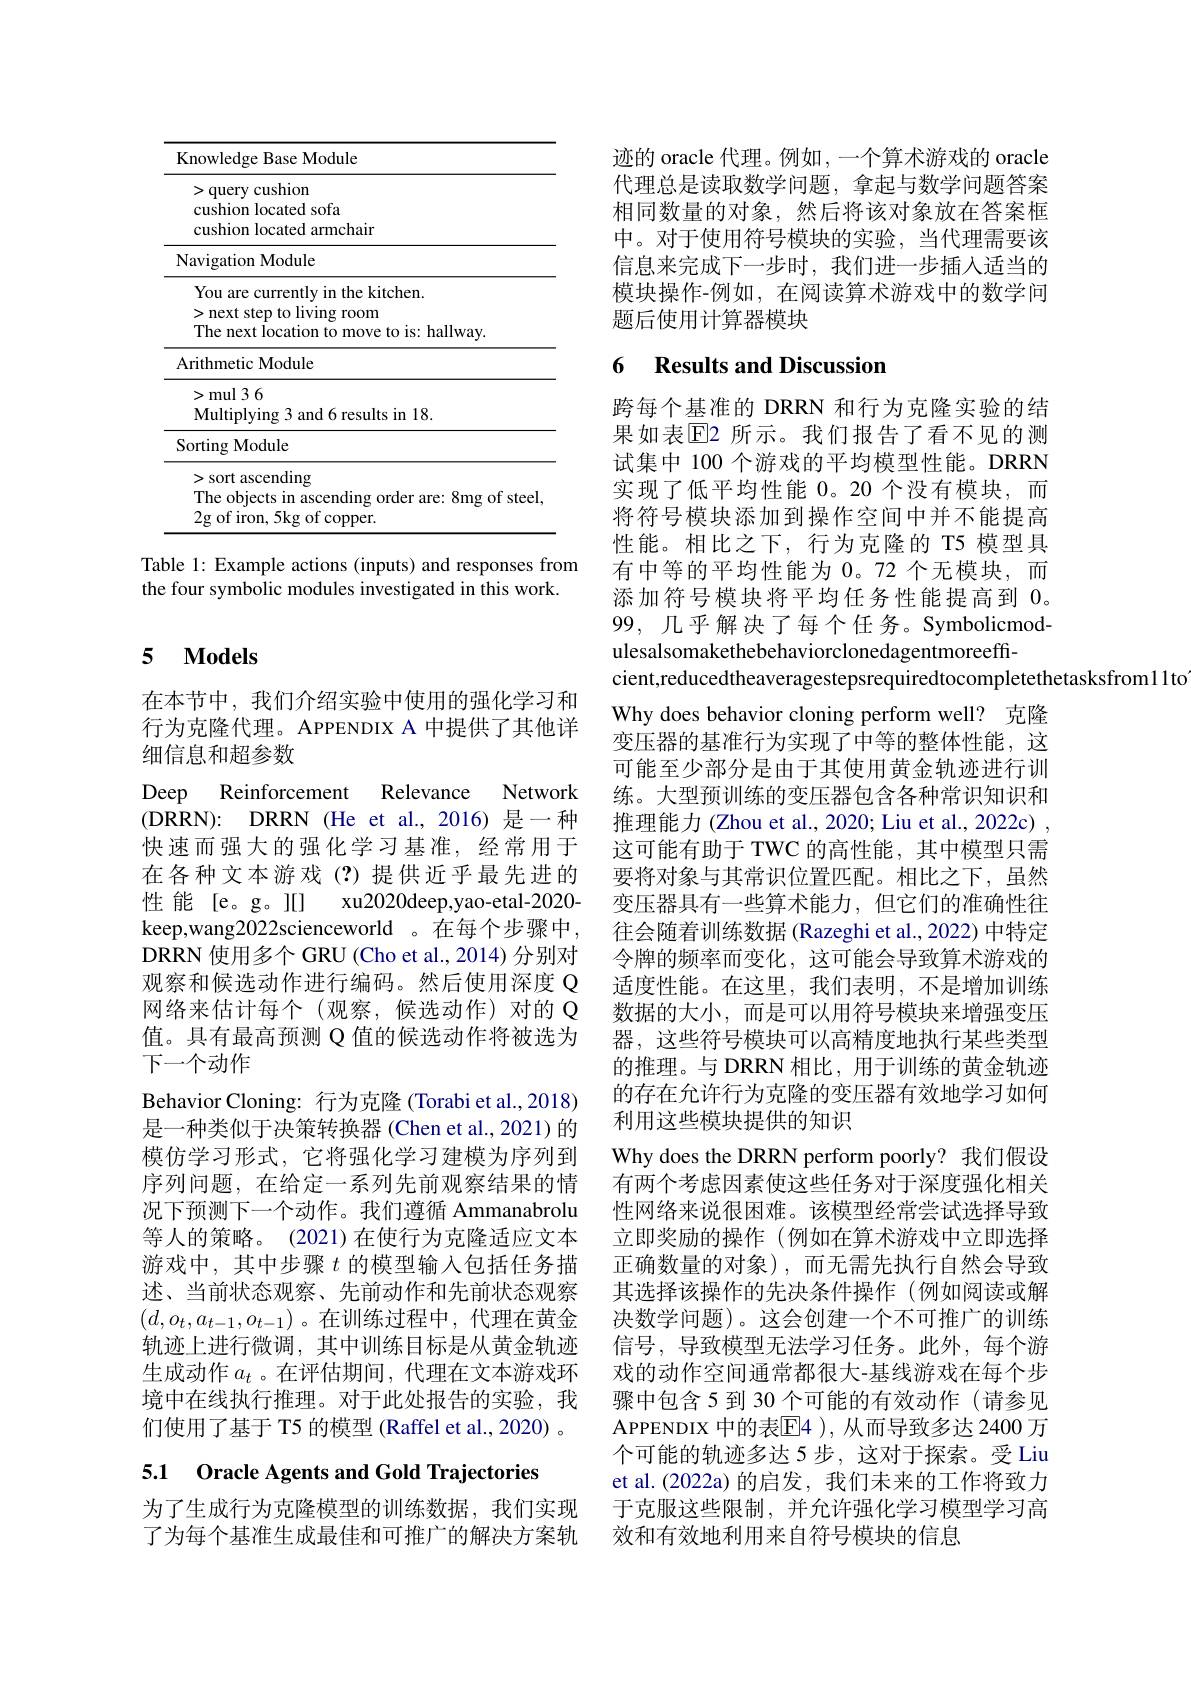
<table>
	<tbody>
		<tr>
			<th>$\textbf{F}$</th>
			<th>Knowledge Base Module</th>
			<th>$w$ledge Base Module</th>
		</tr>
		<tr>
			<td> </td>
			<td>>query cushion cushion located sofa cushion located armchair</td>
			<td>query cushion shion located sofa shion located armchair</td>
		</tr>
		<tr>
			<td>$\Gamma$</td>
			<td>Navigation Module</td>
			<td>gation Module</td>
		</tr>
		<tr>
			<td> </td>
			<td>You are currently in the kitchen. >next step to living room The next location to move to is: hallway</td>
			<td>u are currently in the kitchen. next step to living room e next location to move to is: hallway</td>
		</tr>
		<tr>
			<td>$\angle AC$</td>
			<td>Arithmetic Module</td>
			<td>${\mathrm{metic~Module}}$</td>
		</tr>
		<tr>
			<td> </td>
			<td>$\textbf{LL}$ mul 3 6</td>
			<td>$\mathbf{r}\mathbf{n}\mathbf{v}$ mul 3 6</td>
		</tr>
		<tr>
			<td>$\textbf{、 }$ 1</td>
			<td>$P^{n}y^{m}\xi\cdot$ Sorting Module</td>
			<td>$\mathbf{Prym}_{\mathrm{S} }\sim \mathbf{u}$ $\operatorname{ng}$Module</td>
		</tr>
		<tr>
			<td> </td>
			<td>$\operatorname{tmrg}^{\textbf{vrouunc}}$</td>
			<td>$5~{\mathrm{Iviouunc}}$</td>
		</tr>
		<tr>
			<td> </td>
			<td>>sort ascending The objects in ascending order are: 8mg of 2g of iron, 5kg of copper.</td>
			<td>sort ascending e objects in ascending order are: 8mg of steel of iron, 5kg of copper.</td>
		</tr>
	</tbody>
</table>

Table 1: Example actions (inputs) and responses from
the four symbolic modules investigated in this work.

### 5 $\mathbf{Models}$

在本节中，我们介绍实验中使用的强化学习和行为克隆代理。APPENDIX A 中提供了其他详细信息和超参数
Deep Reinforcement Relevance Network ( DRRN) : DRRN ( He et al. , 2016) 是 一 种 快速而强大的强化学习基准，经常用于在各种文本游戏(?)提供近乎最先进的性能 [e。g。][] xu2020deep,yao-etal-2020- keep,wang2022scienceworld 。在每个步骤中， DRRN 使用多个 GRU (Cho et al., 2014) 分别对观察和候选动作进行编码。然后使用深度 Q 网络来估计每个(观察，候选动作)对的 Q 值。具有最高预测 Q 值的候选动作将被选为下一个动作
Behavior Cloning: 行为克隆 (Torabi et al.,2018) 是一种类似于决策转换器 (Chen et al., 2021) 的模仿学习形式，它将强化学习建模为序列到序列问题，在给定一系列先前观察结果的情况下预测下一个动作。我们遵循 Ammanabrolu 等人的策略。(2021)在使行为克隆适应文本游戏中，其中步骤$t$的模型输入包括任务描述、当前状态观察、先前动作和先前状态观察$(d,o_t,a_{t-1},o_{t-1})$。在训练过程中，代理在黄金轨迹上进行微调，其中训练目标是从黄金轨迹生成动作$a_t$ 。在评估期间，代理在文本游戏环境中在线执行推理。对于此处报告的实验，我们使用了基于 T5 的模型 (Raffel et al., 2020) 。

5.1 Oracle Agents and Gold Trajectories

为了生成行为克隆模型的训练数据，我们实现了为每个基准生成最佳和可推广的解决方案轨

迹的 oracle 代理。例如 , 一个算术游戏的 oracle 代理总是读取数学问题，拿起与数学问题答案相同数量的对象，然后将该对象放在答案框中。对于使用符号模块的实验，当代理需要该信息来完成下一步时，我们进一步插入适当的模块操作-例如，在阅读算术游戏中的数学问题后使用计算器模块

## 6 Results and Discussion

跨每个基准的 DRRN 和行为克隆实验的结果如表$\overline{\mathbb{E}}$2 所示。我们报告了看不见的测试集中 100 个游戏的平均模型性能。DRRN 实现了低平均性能 0。20 个没有模块，而将符号模块添加到操作空间中并不能提高性能。相比之下，行为克隆的 T5 模型具有中等的平均性能为 0。72 个无模块，而添加符号模块将平均任务性能提高到0。99, 几乎解决了每个任务。Symbolicmodulesalsomakethebehaviorclonedagentmoreeff-
cient,reducedtheaveragestepsrequiredtocompletethetasksfrom11to
Why does behavior cloning perform well? 克隆变压器的基准行为实现了中等的整体性能，这可能至少部分是由于其使用黄金轨迹进行训练。大型预训练的变压器包含各种常识知识和推理能力 (Zhou et al., 2020; Liu et al., 2022c) , 这可能有助于 TWC 的高性能，其中模型只需要将对象与其常识位置匹配。相比之下，虽然变压器具有一些算术能力，但它们的准确性往往会随着训练数据 (Razeghi et al., 2022) 中特定令牌的频率而变化，这可能会导致算术游戏的适度性能。在这里，我们表明，不是增加训练数据的大小，而是可以用符号模块来增强变压器，这些符号模块可以高精度地执行某些类型的推理。与 DRRN 相比，用于训练的黄金轨迹的存在允许行为克隆的变压器有效地学习如何利用这些模块提供的知识
Why does the DRRN perform poorly? 我们假设有两个考虑因素使这些任务对于深度强化相关性网络来说很困难。该模型经常尝试选择导致立即奖励的操作(例如在算术游戏中立即选择正确数量的对象),而无需先执行自然会导致其选择该操作的先决条件操作(例如阅读或解决数学问题)。这会创建一个不可推广的训练信号，导致模型无法学习任务。此外，每个游戏的动作空间通常都很大-基线游戏在每个步骤中包含 5 到 30 个可能的有效动作 (请参见APPENDIX 中的表E4 ),从而导致多达2400 万个可能的轨迹多达 5 步，这对于探索。受 Liu et al.(2022a) 的启发，我们未来的工作将致力于克服这些限制，并允许强化学习模型学习高效和有效地利用来自符号模块的信息